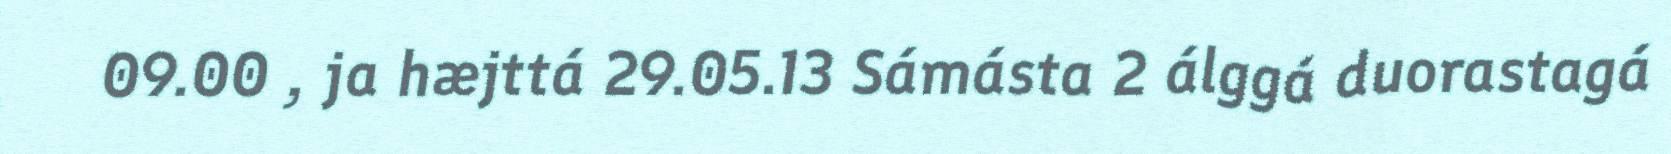
09.00 , ja hæjttá 29.05.13 Sámásta 2 álggá duorastagá